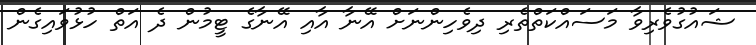
ޝައުގުވެރިވާ މަސައްކަތްތެރި ދިވެހިންނަށް އޭނާ އާއި އޭނާގެ ޓީމުން ދެ އަތް ހުޅުވައިގެން